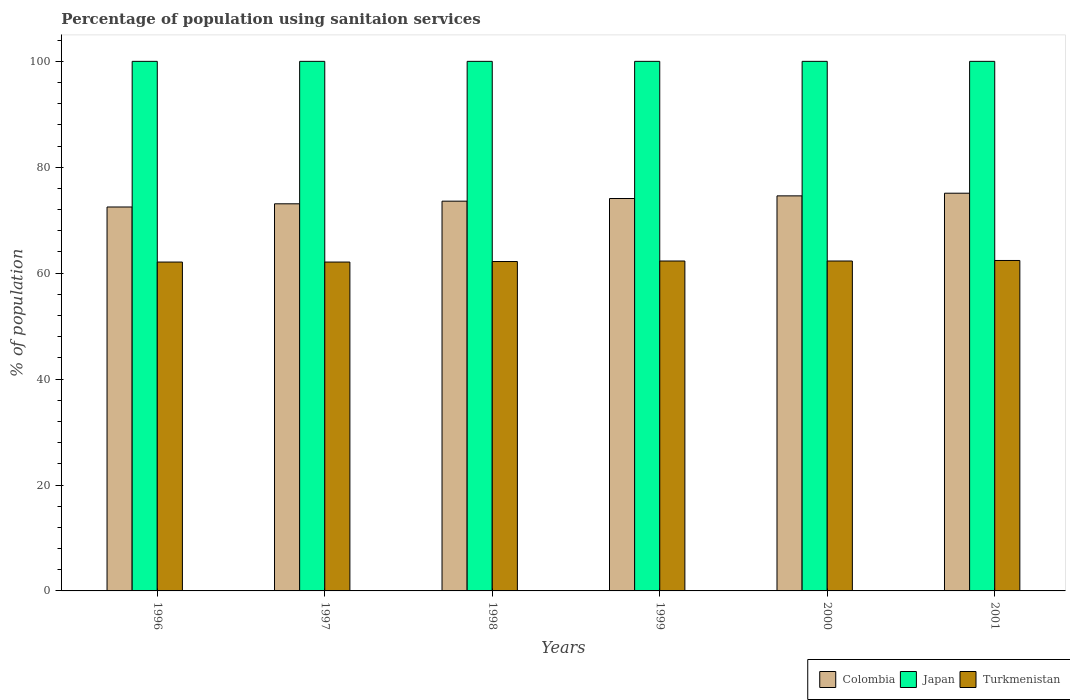
| Years | Colombia | Japan | Turkmenistan |
 | --- | --- | --- | --- |
 | 1996 | 72.5 | 100 | 62.1 |
 | 1997 | 73.1 | 100 | 62.1 |
 | 1998 | 73.6 | 100 | 62.2 |
 | 1999 | 74.1 | 100 | 62.3 |
 | 2000 | 74.6 | 100 | 62.3 |
 | 2001 | 75.1 | 100 | 62.4 |